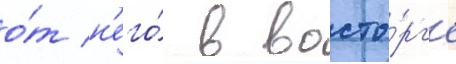
о́т н'его́ в восто́рг'е